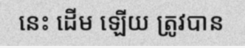
នេះ ដើម ឡើយ ត្រូវបាន